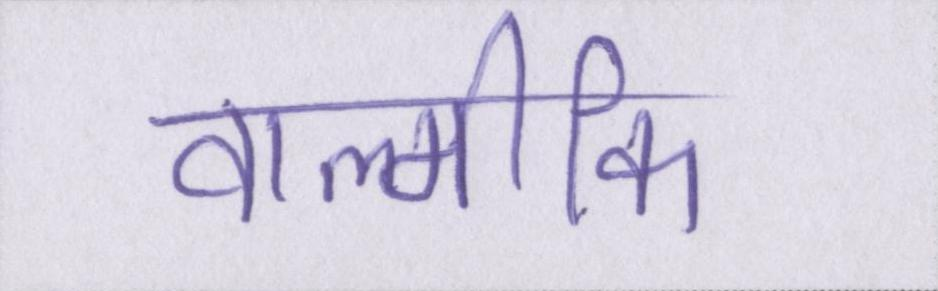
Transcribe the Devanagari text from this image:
वाल्मीकि